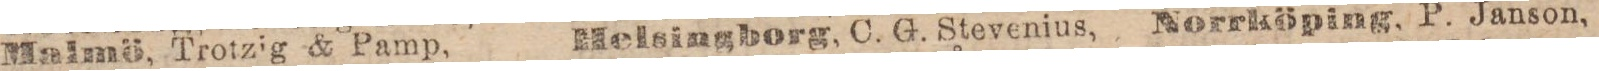
Malmö, Trotzig & Pamp,    Helsingborg, C. G. Stevenius,    Norrköping, P. Janson,